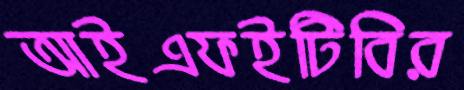
আইএফইটিবির